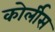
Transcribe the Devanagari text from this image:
कोर्लीस